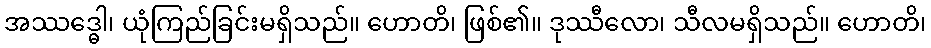
အဿဒ္ဓေါ၊ ယုံကြည်ခြင်းမရှိသည်။ ဟောတိ၊ ဖြစ်၏။ ဒုဿီလော၊ သီလမရှိသည်။ ဟောတိ၊